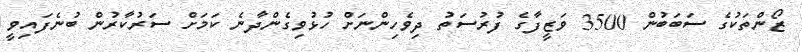
ޒޯންތަކުގެ ސަބަބުން 3500 ވަޒީފާގެ ފުރުސަތު ދިވެހިންނަށް ހުޅުވިގެންދާނެ ކަމަށް ސަރުކާރުން ބުނެފައިވީ